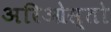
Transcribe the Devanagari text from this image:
अरिओस्तो